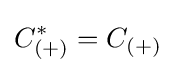
C_{(+)}^{*}=C_{(+)}